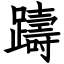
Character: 躊